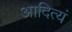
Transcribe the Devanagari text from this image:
आदित्यं